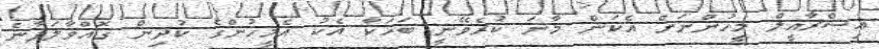
އިސްރާއީލް މީހުންނަށް އެކަން މާނަ ކުރެވޭނީ ބަހަކާ އެކު އެމީހުންގެ ކުދިން ގޮއްވާލަފާނެ